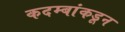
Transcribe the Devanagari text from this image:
कदम्बांकडून